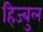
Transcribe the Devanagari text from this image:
हिज्बुल